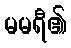
မမရီ၏